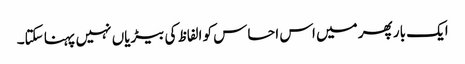
ایک بار پھر میں اس احساس کو الفاظ کی بیڑیاں نہیں پہنا سکتا۔